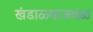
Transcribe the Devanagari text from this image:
खंडाळ्याजवळ